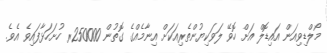
މޯލްޑިވިއަން އައިޑޮލް އަށް ހޮވޭ ލަވަކިޔުންތެރިއަކަށް އިނާމެއްގެ ގޮތުން 250000ރ ހުށަހަޅާފައިވެ އެވެ.